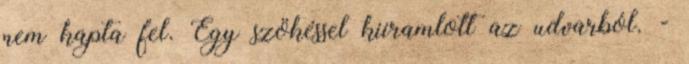
nem kapta fel. Egy szökéssel kiiramlott az udvarból. -